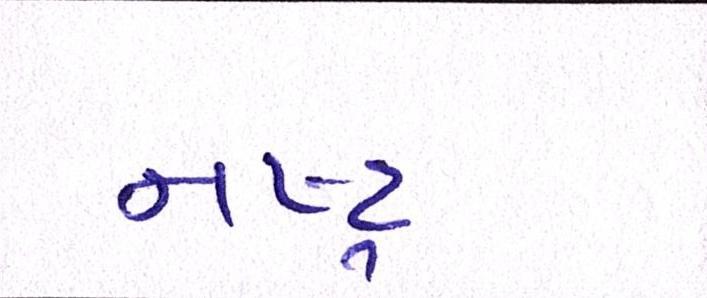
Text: નષ્ટ્ર